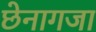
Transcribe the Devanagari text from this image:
छेनागजा